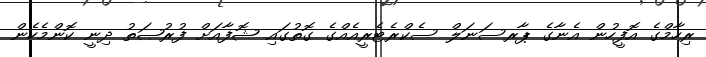
ރިހާމްގެ އޮފީހުން އެނާގެ ޕާރސަނަލް ސެކްރެޓެރީއެއްގެ ގޮތުގައި ޝޮފާއަށް ފުރުޞަތު ދިނީ ކޮންމެހެން